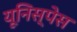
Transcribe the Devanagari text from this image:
यूनिस्पेस